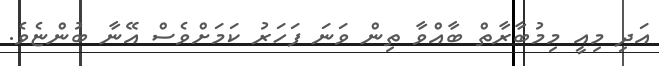
އަދި މިއީ މިމުބާރާތް ބާއްވާ ތިން ވަނަ ފަހަރު ކަމަށްވެސް އޭނާ ބުންޏެވެ.